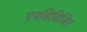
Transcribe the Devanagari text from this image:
एरडिविजिए